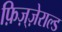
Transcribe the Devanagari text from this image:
फ़िज़्ज़ेराल्ड